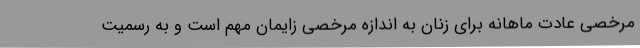
مرخصی عادت ماهانه برای زنان به اندازه مرخصی زایمان مهم است و به رسمیت